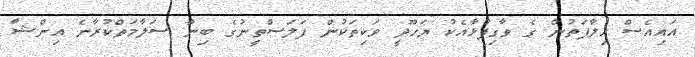
އައިއެސް ޚިލާފަތުން ގެ ވާގިފުޅާއެކު ޔަހޫދީ ވަކިތަކުން ފަލަސްތީނުގެ ބިން ސަލާމަތްކުރާނެ އިންޝާ